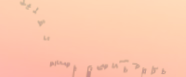
مطعم مأكولات سورية تقليدي